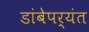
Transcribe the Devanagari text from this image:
डांबेपर्यंत